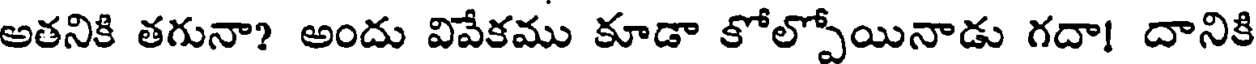
అతనికి తగునా? అందు వివేకము కూడా కోల్పోయినాడు గదా! దానికి